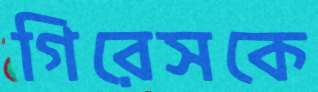
গিরেসকে